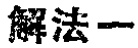
解法一